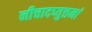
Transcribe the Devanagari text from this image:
नीचादप्युत्तमां